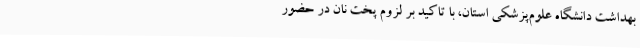
بهداشت دانشگاه علوم‌پزشکی استان، با تاکید بر لزوم پخت نان در حضور